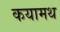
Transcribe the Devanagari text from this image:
कयामथ